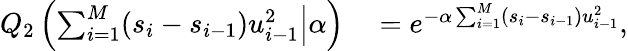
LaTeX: \begin{array}{rl}{Q_{2}\left(\left.\sum_{i=1}^{M}(s_{i}-s_{i-1})u_{i-1}^{2}\right|\alpha\right)}&{{}=e^{-\alpha\sum_{i=1}^{M}\left(s_{i}-s_{i-1}\right)u_{i-1}^{2}},}\end{array}